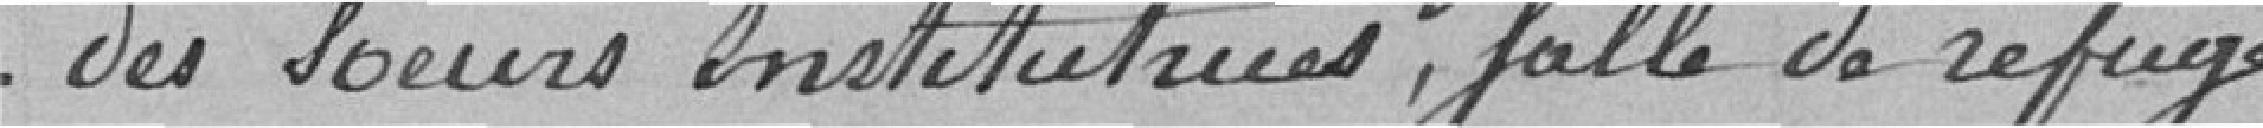
des sœurs institutrices, salle de refuge